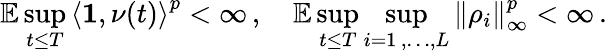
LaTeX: \mathbb{E}\operatorname*{sup}_{t\leq T}\left\langle\mathbf{1},\nu(t)\right\rangle^{p}<\infty\, ,\quad\mathbb{E}\operatorname*{sup}_{t\leq T}\operatorname*{sup}_{i=1\, ,\dots,L}\left\| \rho_{i}\right\| _{\infty}^{p}<\infty\, .